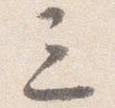
三